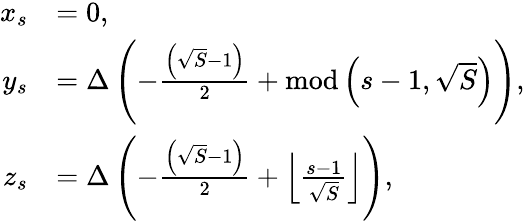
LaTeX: \begin{array}{rl}{x_{s}}&{=0,}\\ {y_{s}}&{=\Delta\left(-\frac{\left(\sqrt{S}-1\right)}{2}+\textrm{mod}\left(s-1,\sqrt{S}\right)\right),}\\ {z_{s}}&{=\Delta\left(-\frac{\left(\sqrt{S}-1\right)}{2}+\left\lfloor\frac{s-1}{\sqrt{S}}\right\rfloor\right),}\end{array}